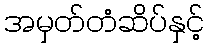
အမှတ်တံဆိပ်နှင့်